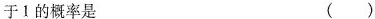
于1的概率是 ( )